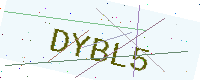
Text: DYBL5